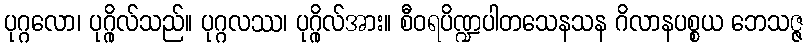
ပုဂ္ဂလော၊ ပုဂ္ဂိုလ်သည်။ ပုဂ္ဂလဿ၊ ပုဂ္ဂိုလ်အား။ စီဝရပိဏ္ဍပါတသေနသန ဂိလာနပစ္စယ ဘေသဇ္ဇ